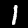
Label: 1